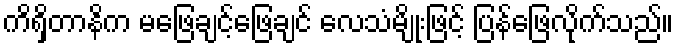
ကိရှိတာနိက မဖြေချင့်ဖြေချင် လေသံမျိုးဖြင့် ပြန်ဖြေလိုက်သည်။